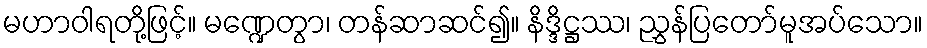
မဟာဝါရတို့ဖြင့်။ မဏ္ဍေတွာ၊ တန်ဆာဆင်၍။ နိဒ္ဒိဋ္ဌဿ၊ ညွှန်ပြတော်မူအပ်သော။